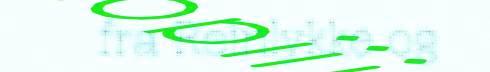
fra Reinlykke og